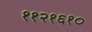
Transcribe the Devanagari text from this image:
११२१६१०